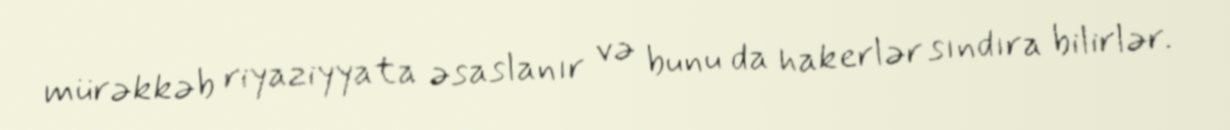
mürəkkəb riyaziyyata əsaslanır və bunu da hakerlər sındıra bilirlər.